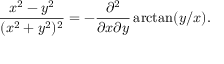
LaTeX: { \frac { x ^ { 2 } - y ^ { 2 } } { ( x ^ { 2 } + y ^ { 2 } ) ^ { 2 } } } = - { \frac { \partial ^ { 2 } } { \partial x \partial y } } \arctan ( y / x ) .